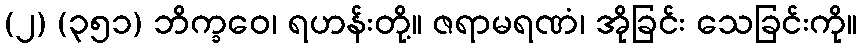
(၂) (၃၅၁) ဘိက္ခဝေ၊ ရဟန်းတို့။ ဇရာမရဏံ၊ အိုခြင်း သေခြင်းကို။